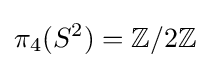
\pi _{4}(S^{2})=\mathbb {Z} /2\mathbb {Z}